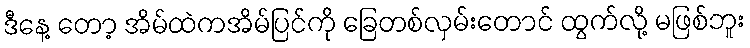
ဒီနေ့ တော့ အိမ်ထဲကအိမ်ပြင်ကို ခြေတစ်လှမ်းတောင် ထွက်လို့ မဖြစ်ဘူး